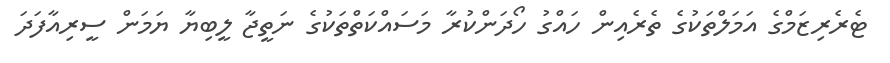
ޓެރެރިޒަމްގެ އަމަލްތަކުގެ ތެރެއިން ހައްގު ހޯދަންކުރާ މަސައްކަތްތަކުގެ ނަތީޖާ ލީބިޔާ ޔަމަން ސީރިއާފަދަ